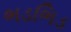
ભડભિડ